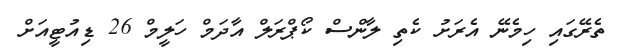
ތެރޭގައި ހިމެނޭ އެރަށު ކެތި ލާންސް ކޯޕްރަލް އާދަމް ހަލީމް 26 ޑިއުޓީއަށް